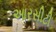
આરસીટી